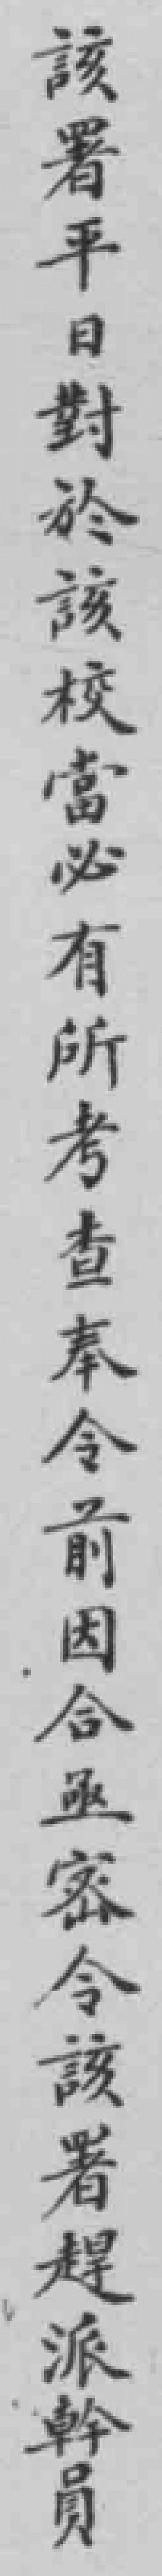
該署平日對於該校當必有所考查奉令前因合亟密令該署趕派斡員